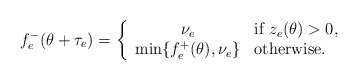
\begin{align*}\mbox{ }f_e^-(\theta+\tau_e)=\left\{\begin{array}{cl}\nu_e&\mbox{if }z_e(\theta)>0,\\\min\{f_e^+(\theta),\nu_e\}&\mbox{otherwise.}\end{array}\right.\end{align*}